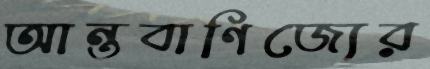
আন্তবাণিজ্যের